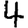
Digit: 4